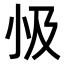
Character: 𭕅